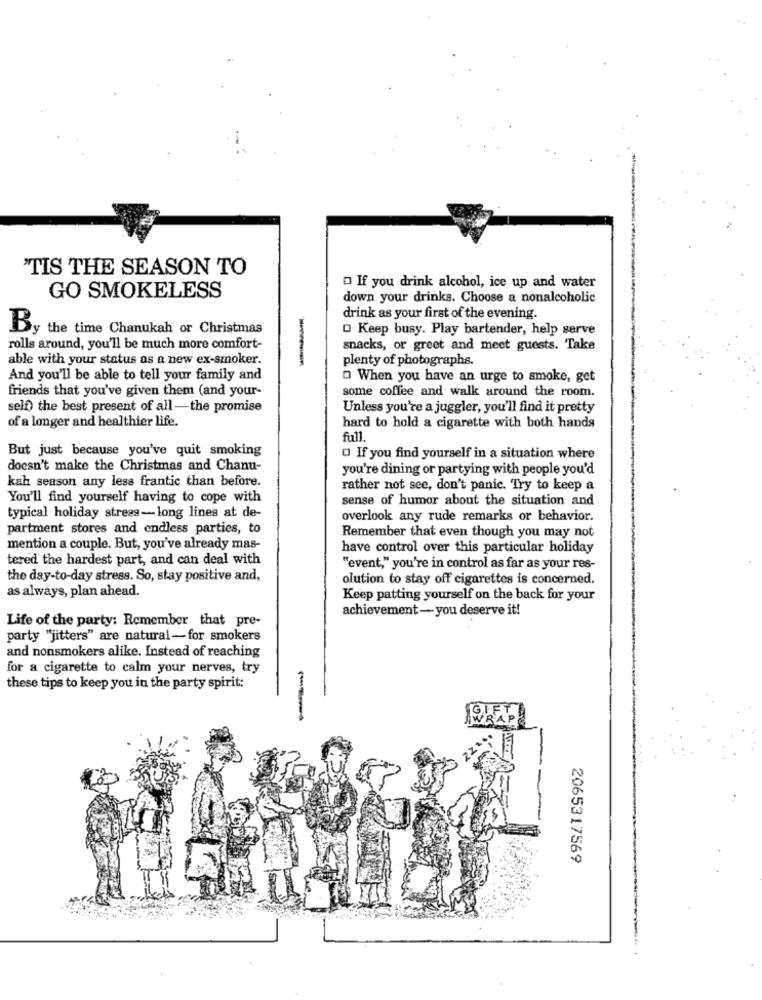
'TIS THE SEASON TO
O If you drink alcohol, ice up and water
GO SMOKELESS
down your drinks. Choose a nonalcoholic
drink as your first of the evening.
By the time Chanukah or Christmas
Keep busy. Play bartender, help serve
rolls around, you'll be much more comfort-
snacks, or greet and meet guests. Take
able with your status as a new ex-smoker.
plenty of photographs.
And you'll be able to tell your family and
O When you have an urge to smoke, get
friends that you've given them (and your-
some coffee and walk around the room.
self) the best present of all -the promise
Unless you're a juggler, you'll find it pretty
of a longer and healthier life.
hard to hold a cigarette with both hands
full.
But just because you've quit smoking
O If you find yourself in a situation where
doesn't make the Christmas and Chanu-
you're dining or partying with people you'd
kah season any less frantic than before.
rather not see, don't panic. Try to keep a
You'll find yourself having to cope with
sense of humor about the situation and
typical holiday strees-long lines at de-
overlook any rude remarks or behavior.
partment stores and endless parties, to
Remember that even though you may not
mention a couple. But, you've already mas-
have control over this particular holiday
tered the hardest part, and can deal with
"event," you're in control as far as your res-
the day-to-day stress. So, stay positive and,
olution to stay off cigarettes is concerned.
as always, plan ahead.
Keep patting yourself on the back for your
achievement-you deserve it!
Life of the party: Remember that pre-
party "jitters" are natural-for smokers
and nonsmokers alike. Instead of reaching
for a cigarette to calm your nerves, try
these tips to keep you in the party spirit;
GIFT
--
WRAP
2065317569